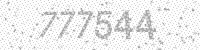
Solution: 777544